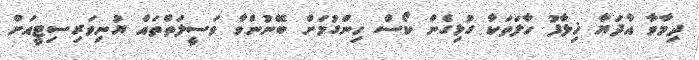
ދިމާވާ އާދަޔާ ޚިލާފު ހާލަތަކާ ގުޅިގެން ކޯސް ހިންގުމަށް ބޭނުންވާ ވަސީލަތްތައް ޔުނިވަރިސިޓީއަށް